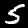
Label: 5